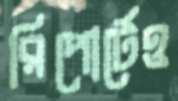
রিপোর্টেও